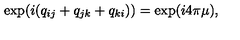
\exp ( i ( q _ { i j } + q _ { j k } + q _ { k i } ) ) = \exp ( i 4 \pi \mu ) ,